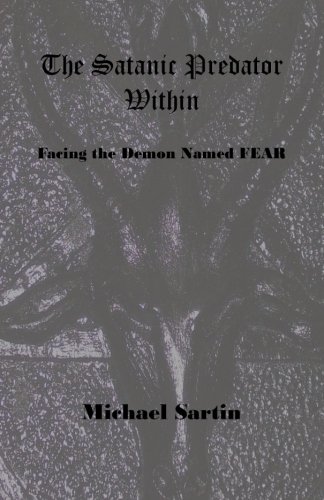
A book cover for The Satanic Predator Within: Facing the Demon Named FEAR; Michael Sartin; Religion & Spirituality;